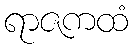
ရာဇကထံ